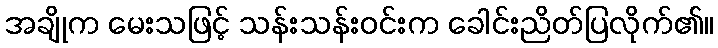
အချိုက မေးသဖြင့် သန်းသန်းဝင်းက ခေါင်းညိတ်ပြလိုက်၏။